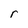
Character: r